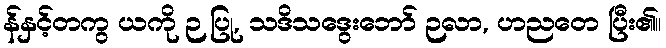
န်နှင့်တကွ ယကို ဉ ပြု, သဒိသဒွေးဘော် ဉလာ, ဟညတေ ပြီး၏။